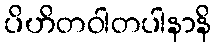
ပိဟိတဝါတပါနာနိ